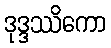
ဒုဒ္ဒဿိကော